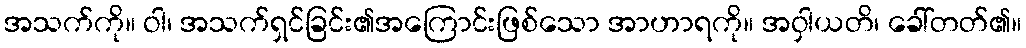
အသက်ကို။ ဝါ၊ အသက်ရှင်ခြင်း၏အကြောင်းဖြစ်သော အာဟာရကို။ အဝှါယတိ၊ ခေါ်တတ်၏။